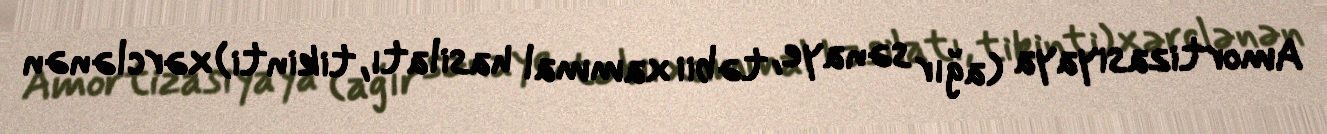
Amortizasiyaya (ağır sənaye, təbii xammal hasilatı, tikinti) xərclənən